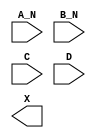
module sky130_fd_sc_hdll__and4bb (
    //# {{data|Data Signals}}
    input  A_N,
    input  B_N,
    input  C  ,
    input  D  ,
    output X
);

    // Voltage supply signals
    supply1 VPWR;
    supply0 VGND;
    supply1 VPB ;
    supply0 VNB ;

endmodule